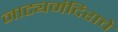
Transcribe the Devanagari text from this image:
नाट्यमंदिराचे